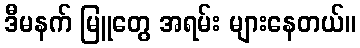
ဒီမနက် မြူတွေ အရမ်း များနေတယ်။